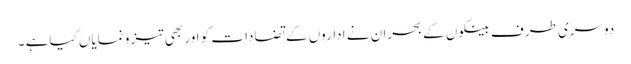
دوسری طرف بینکوں کے بحران نے اداروں کے تضادات کو اور بھی تیز و نمایاں کیاہے ۔